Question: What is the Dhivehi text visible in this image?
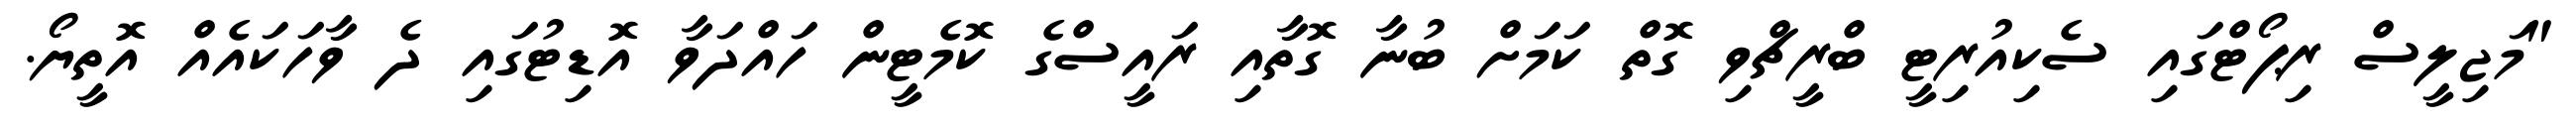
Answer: "މަޖިލީސް ރިޕޯޓްގައި ސެކިއުރިޓީ ބްރީޗްވި ގޮތް ކަމަށް ބުނާ ގޮތާއި ރައީސްގެ ކޮމެޓީން ހައްދަވާ އޮޑިޓުގައި ދެ ވާހަކައެއް އޮތީޔޯ.